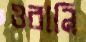
ওরানি